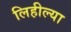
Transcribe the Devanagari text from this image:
लिहील्या